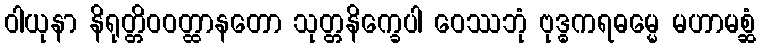
ဝါယုနာ နိရုတ္တိဝဝတ္ထာနတော သုတ္တနိက္ခေပါ ဝေဿဘုံ ဗုဒ္ဓကရဓမ္မေ မဟာမစ္ဆံ